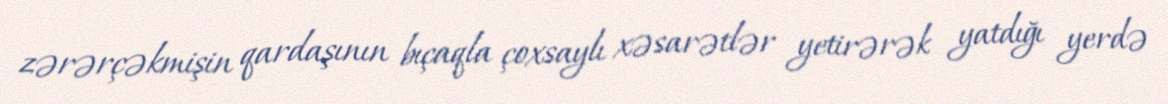
zərərçəkmişin qardaşının bıçaqla çoxsaylı xəsarətlər yetirərək yatdığı yerdə